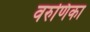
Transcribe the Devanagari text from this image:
वरुणिका